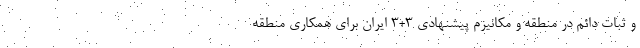
و ثبات دائم در منطقه و مکانیزم پیشنهادی ۳+۳ ایران برای همکاری منطقه